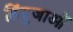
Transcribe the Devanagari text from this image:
हिंदुजाओं